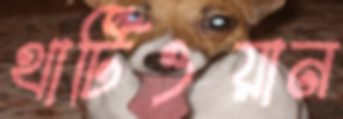
থার্টিওয়ান